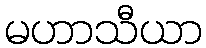
မဟာသီယာ